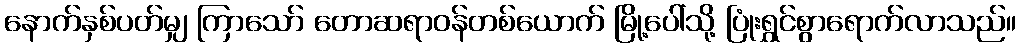
နောက်နှစ်ပတ်မျှ ကြာသော် တောဆရာဝန်တစ်ယောက် မြို့ပေါ်သို့ ပြုံးရွှင်စွာရောက်လာသည်။